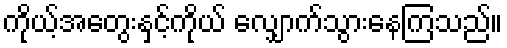
ကိုယ့်အတွေးနှင့်ကိုယ် လျှောက်သွားနေကြသည်။